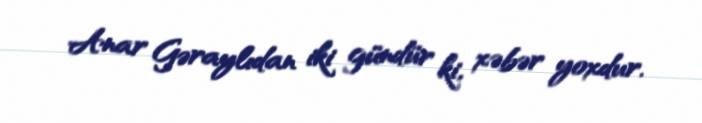
Anar Gəraylıdan iki gündür ki, xəbər yoxdur.